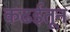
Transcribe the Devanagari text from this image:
कढईतून